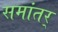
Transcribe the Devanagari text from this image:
समांतर्